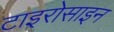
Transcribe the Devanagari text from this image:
टाइरोसाइन